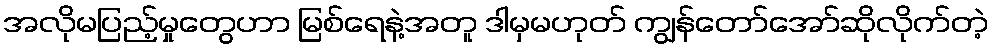
အလိုမပြည့်မှုတွေဟာ မြစ်ရေနဲ့အတူ ဒါမှမဟုတ် ကျွန်တော်အော်ဆိုလိုက်တဲ့